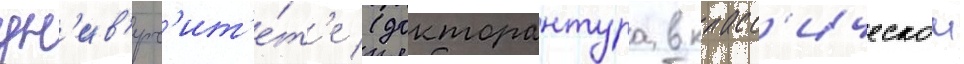
ун'ив'ерс'ит'е́т'е (докторантура в класс'ическои